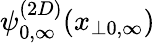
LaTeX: \psi_{0,\infty}^{(2D)}(x_{\perp 0,\infty})